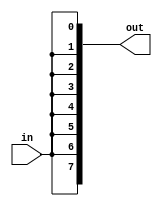
/* ***************************************************************\
| Name of program : sign_ext.sv
| Author: Jesse Both, Andrew Zhou, Ben Miller & Bodhiswattwa Basu
| Date Created: 03/24/2022
| Date last updated: 03/24/2022
| Function: Sign extend unit
| Modules: sign_ext
\****************************************************************/

`timescale 1ns / 1ps

module sign_ext(out, in);
  input in;
  output [7:0] out;
  
  buf(out[0], in);	
  buf(out[1], in);
  buf(out[2], in);
  buf(out[3], in);
  buf(out[4], in);
  buf(out[5], in);
  buf(out[6], in);
  buf(out[7], in);
  
endmodule